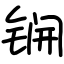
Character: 锎